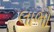
લાભો